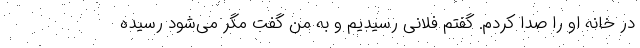
در خانه او را صدا کردم. گفتم فلانی رسیدیم و به من گفت مگر می‌شود رسیده